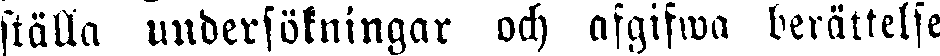
ställa undersökningar och afgifwa berättelse